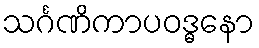
သင်္ဂဏိကာပဝဒ္ဓနော